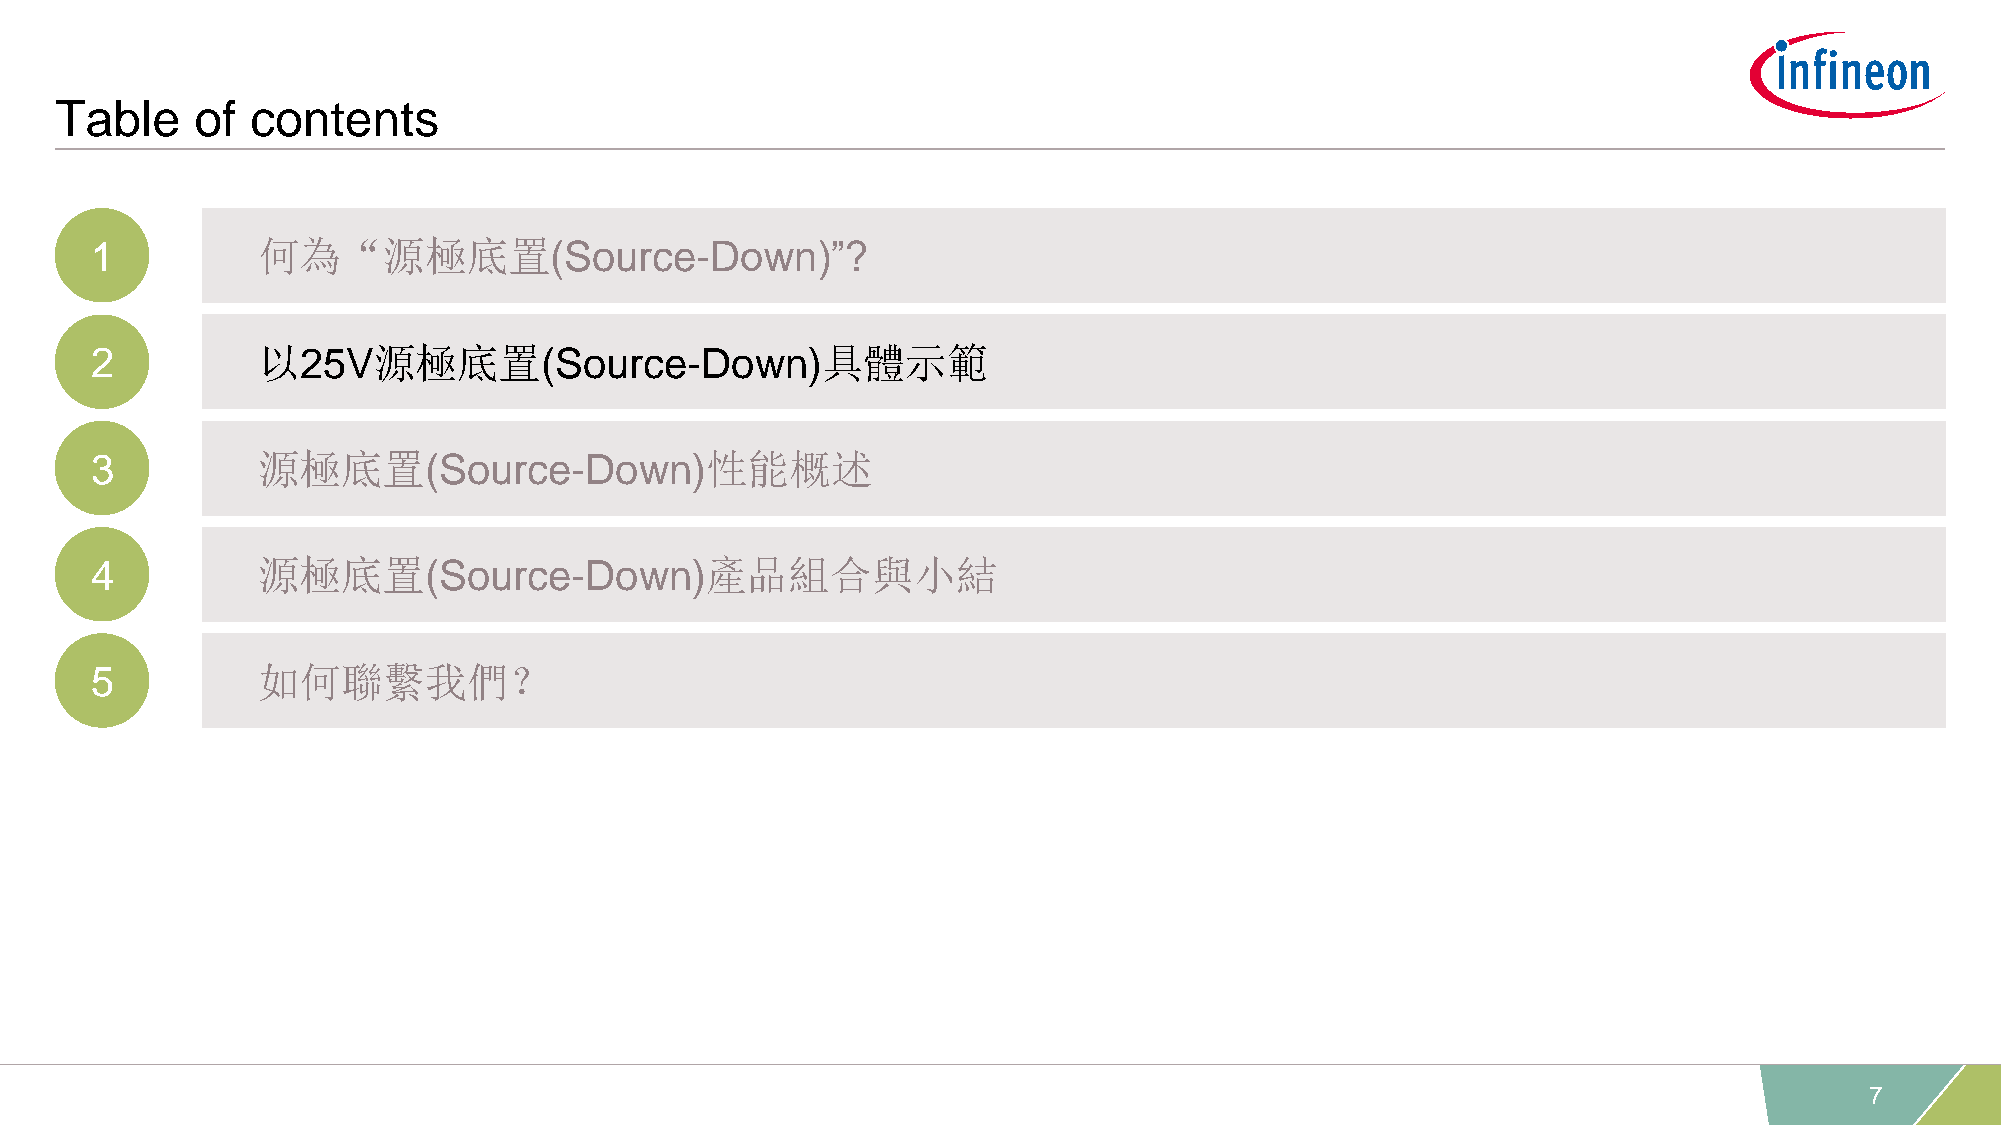
Table    of  contents
 1          何為“源極底置(Source-Down)”?
 2          以25V源極底置(Source-Down)具體示範
 3          源極底置(Source-Down)性能概述
 4          源極底置(Source-Down)產品組合與小結
 5          如何聯繫我們？
 7